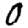
Digit: 0